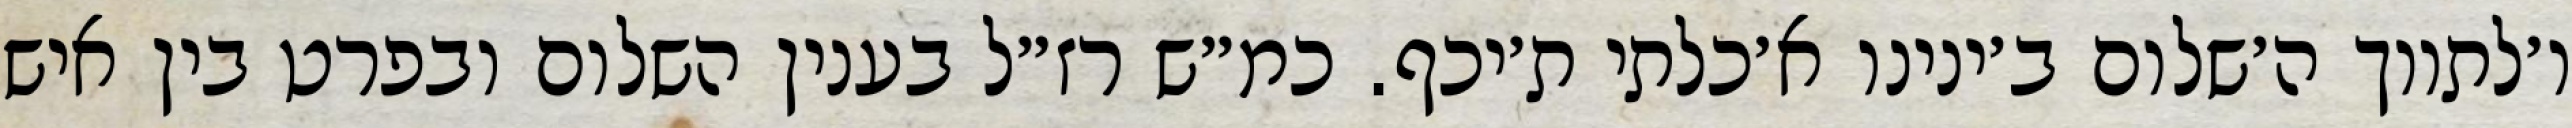
ו׳לתווך ה׳שלום ב׳ינינו א׳כלתי ת׳יכף. כמ״ש רז״ל בענין השלום ובפרט בין איש